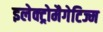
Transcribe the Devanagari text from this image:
इलेक्ट्रोमैगेटिज्म